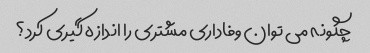
چگونه می توان وفاداری مشتری را اندازه گیری کرد؟